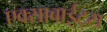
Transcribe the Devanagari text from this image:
एक्साबाईट्स